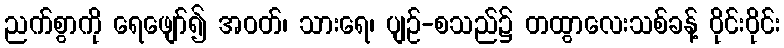
ညက်စွာကို ရေဖျော်၍ အဝတ်၊ သားရေ၊ ပျဉ်-စသည်၌ တထွာလေးသစ်ခန့် ဝိုင်းဝိုင်း